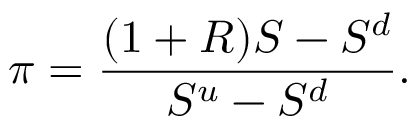
\pi = { \frac { ( 1 + R ) S - S ^ { d } } { S ^ { u } - S ^ { d } } } .